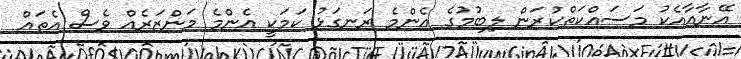
އޭނާއާއެކު މަސައްކަތްކުރަން ލިބުމުގެ އެންމެ ރަނގަޅު ކަމަކީ އެންމެ މަންޒަރެއް ވެސް އެތައް